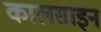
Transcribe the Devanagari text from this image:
कालसाइन